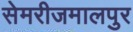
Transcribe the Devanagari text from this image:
सेमरीजमालपुर